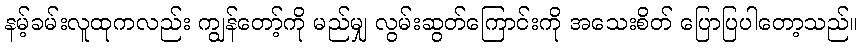
နမ့်ခမ်းလူထုကလည်း ကျွန်တော့်ကို မည်မျှ လွမ်းဆွတ်ကြောင်းကို အသေးစိတ် ပြောပြပါတော့သည်။